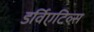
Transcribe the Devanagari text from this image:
डर्विएटिव्स